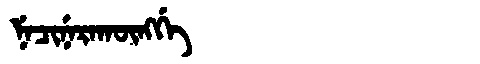
Manchu: ᠨᡝᠴᡳᠨᡝᡵᠠᡴᡡᠩᡤᡝ
Romanization: NECINERAKŪNGGE